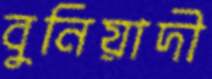
বুনিয়াদী